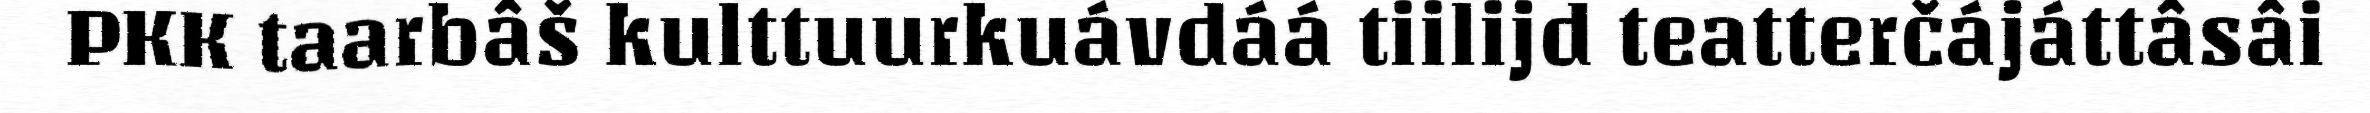
PKK taarbâš kulttuurkuávdáá tiilijd teatterčájáttâsâi